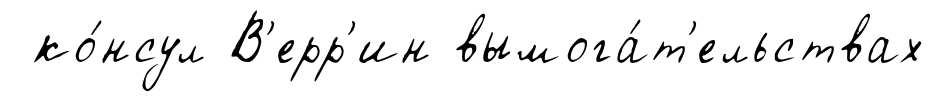
ко́нсул В'ерр'ин вымога́т'ельствах